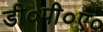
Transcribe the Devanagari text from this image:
डी०पी०ए०